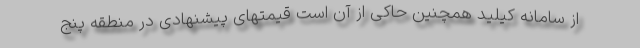
از سامانه کیلید همچنین حاکی از آن است قیمتهای پیشنهادی در منطقه پنج